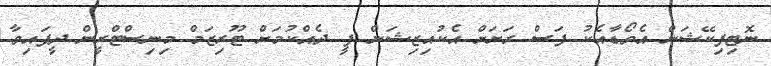
ނޮޓިފިކޭޝަން އެވޯޑާއެކު ފަސް ރަށަށް އެކުއިޒިޝަން ފީ ދެއްކުމަށް ޓޫރިޒަމް މިނިސްޓްރީން ދީފައިވާ